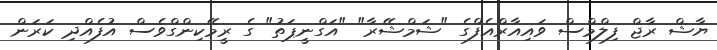
ޔާޝް ރާޖް ފިލްމްސް ވައިއާރްއެފްގެ "ޝަމްޝޭރާ" "އަގްނީޕަތު" ގެ ރީމޭކިންގްވެސް އުފެއްދި ކަރަން